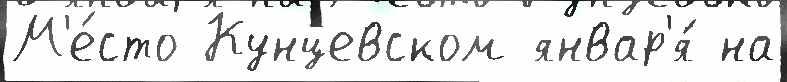
М'е́сто Кунцевском январ'я́ на